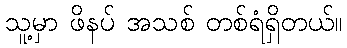
သူ့မှာ ဖိနပ် အသစ် တစ်ရံရှိတယ်။